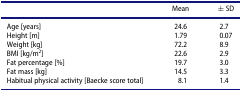
<table><thead><tr><td><b> </b></td><td><b>Mean</b></td><td><b>± SD</b></td></tr></thead><tbody><tr><td>Age [years]</td><td>24.6</td><td>2.7</td></tr><tr><td>Height [m]</td><td>1.79</td><td>0.07</td></tr><tr><td>Weight [kg]</td><td>72.2</td><td>8.9</td></tr><tr><td>BMI [kg/m<sup>2</sup>]</td><td>22.6</td><td>2.9</td></tr><tr><td>Fat percentage [%]</td><td>19.7</td><td>3.0</td></tr><tr><td>Fat mass [kg]</td><td>14.5</td><td>3.3</td></tr><tr><td>Habitual physical activity [Baecke score total]</td><td>8.1</td><td>1.4</td></tr></tbody></table>